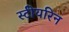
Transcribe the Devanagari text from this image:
स्टीयरिन